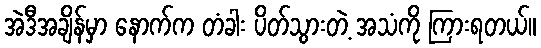
အဲဒီအချိန်မှာ နောက်က တံခါး ပိတ်သွားတဲ့ အသံကို ကြားရတယ်။